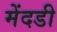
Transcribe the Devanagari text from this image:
मेंदडी